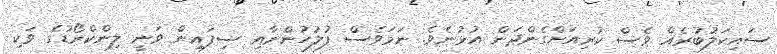
ސައިކަލުބުރެއް ވެސް ކުރިއަށްގެންދަން އުޅުނެވެ. ނަމަވެސް ފުލުހުންނާއި ސިފައިން ވަނީ ލިންކްރޯޑުގެ ވަކި